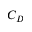
C _ { D }